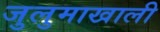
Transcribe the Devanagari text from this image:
जुलुमाखाली